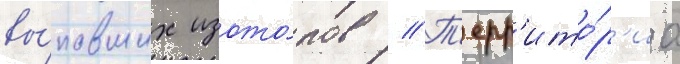
вы́павших изото́пов // Т'ерр'ито́р'иа